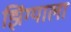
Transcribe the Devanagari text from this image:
झिंग्याला